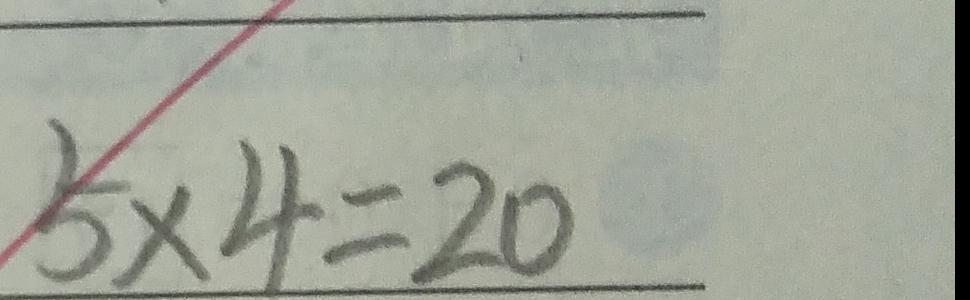
5 \times 4 = 2 0